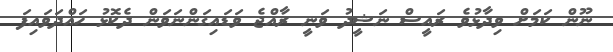
ނޫން ކަމަށް ވިދާޅުވެ ރައީސް ނަޝީދު ވަނީ ރާއްޖެ ވަޑައިގަންނަވަން ދެކޮޅު ހައްދަވައިފަ